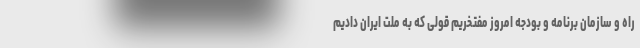
راه و سازمان برنامه و بودجه امروز مفتخریم قولی که به ملت ایران دادیم